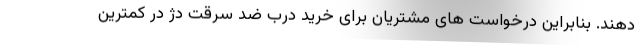
دهند. بنابراین درخواست های مشتریان برای خرید درب ضد سرقت دژ در کمترین